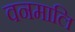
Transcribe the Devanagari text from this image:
वनमालि